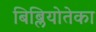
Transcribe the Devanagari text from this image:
बिब्लियोतेका